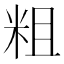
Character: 粗